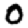
Digit: 0